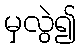
မှလွဲ၍